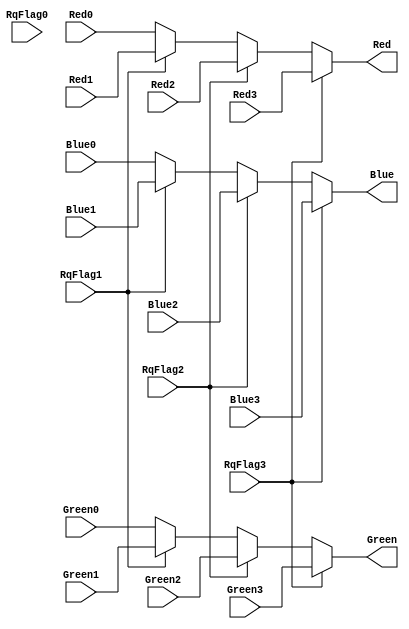
module layer_sel(/*autoport*/
//output
			Red,
			Blue,
			Green,
//input
			RqFlag0,
			Red0,
			Blue0,
			Green0,
			RqFlag1,
			Red1,
			Blue1,
			Green1,
			RqFlag2,
			Red2,
			Blue2,
			Green2,
			RqFlag3,
			Red3,
			Blue3,
			Green3);
	input RqFlag0,Red0,Blue0,Green0;
	input RqFlag1,Red1,Blue1,Green1;
	input RqFlag2,Red2,Blue2,Green2;
	input RqFlag3,Red3,Blue3,Green3;
	output Red,Blue,Green;
	always @(*) begin
		if(RqFlag3==1) begin
			Red<=Red3;
			Green<=Green3;
			Blue<=Blue3;
		end
		else if (RqFlag2==1) begin
			Red<=Red2;
			Green<=Green2;
			Blue<=Blue2;
		end
		else if (RqFlag1==1) begin
			Red<=Red1;
			Green<=Green1;
			Blue<=Blue1;
		end
		else begin
			Red<=Red0;
			Green<=Green0;
			Blue<=Blue0;			
		end
	end
endmodule